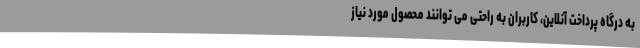
به درگاه پرداخت آنلاین، کاربران به راحتی می توانند محصول مورد نیاز